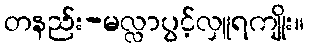
တနည်း-မလ္လာပွင့်လှူရကျိုး။